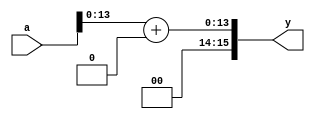
module sl2(//shift left 2bit
				input [15:0] a,
				output [15:0] y) ;
				
assign y = {a[13:0]+2'b00};
endmodule